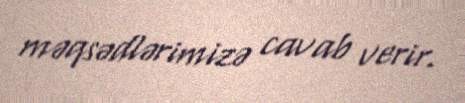
məqsədlərimizə cavab verir.